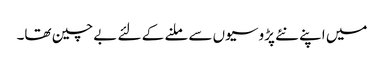
میں اپنے نئے پڑوسیوں سے ملنے کے لئے بے چین تھا۔